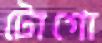
টোগো